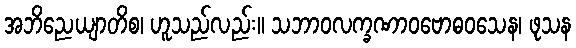
အဘိညေယျာတိစ၊ ဟူသည်လည်း။ သဘာဝလက္ခဏာဝဗောဓဝသေန၊ ဖုသန